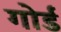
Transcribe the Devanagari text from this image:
गोर्ड